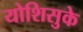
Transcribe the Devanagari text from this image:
योशिसुके